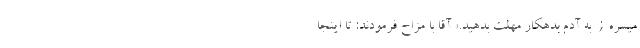
میسرهًْ; به آدم بدهکار مهلت بدهید.» آقا با مزاح فرمودند: تا اینجا